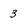
Character: 3